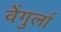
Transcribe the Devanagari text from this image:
वेेंगुर्ला